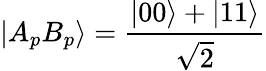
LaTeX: |A_{p}B_{p}\rangle={\frac{|00\rangle+|11\rangle}{\sqrt{2}}}